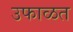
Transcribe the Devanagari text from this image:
उफाळत